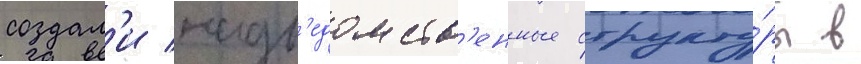
создал'и надв'едомств'енные структу́ры в